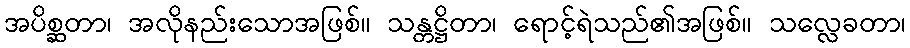
အပိစ္ဆတာ၊ အလိုနည်းသောအဖြစ်။ သန္တဋ္ဌိတာ၊ ရောင့်ရဲသည်၏အဖြစ်။ သလ္လေခတာ၊